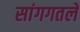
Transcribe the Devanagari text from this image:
सांगगतले